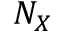
N _ { X }